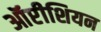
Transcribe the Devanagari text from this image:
ऑप्टीशियन